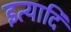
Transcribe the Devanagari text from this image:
इत्यादिं